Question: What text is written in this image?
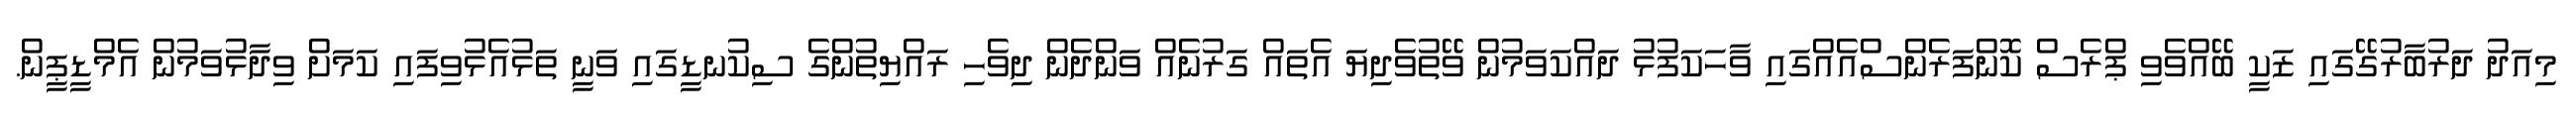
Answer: މިއަދު ދަރުބާރުގޭގައި ޒަކީ ބޭއްވެވި ޕްރެސް ކޮންފަރެންސްއެއްގައި ވާހަކަފުޅު ދައްކަވަމުން ވޭތުވެދިޔަ އެތައް ގަރުނެއް ވަންދެން ދިވެހި ރައްޔިތުންގެ ސިކުނޑީގައި ވަނީ ތަޅުއެޅުވިފައި ކަމަށް ވިދާޅުވަމުން އެމްޑީޕީން.